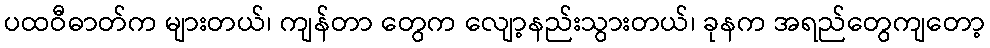
ပထဝီဓာတ်က များတယ်၊ ကျန်တာ တွေက လျော့နည်းသွားတယ်၊ ခုနက အရည်တွေကျတော့